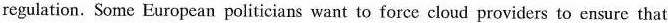
regulation. Some European politicians want to force cloud providers to ensurc that